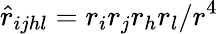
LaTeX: \hat{r}_{ijhl}=r_{i}r_{j}r_{h}r_{l}/r^{4}